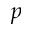
p